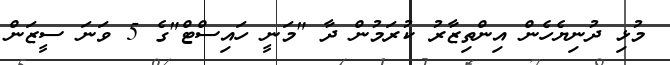
މުޅި ދުނިޔެހެން އިންތިޒާރު ކުރަމުން ދާ "މަނީ ހައިސްޓް"ގެ 5 ވަނަ ސީޒަން